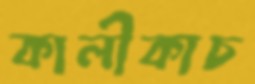
কালীকাচ